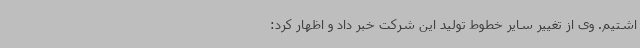
اشتیم. وی از تغییر سایر خطوط تولید این شرکت خبر داد و اظهار کرد: